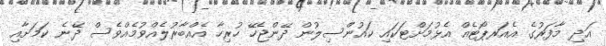
އަދި މާފަރުގެ އެއަރޕޯޓެއް އެޅުމަށްޓަކައި ކައުންސިލުން ދޭންޖެހޭ ހުރިހާ އެއްބާރުލެއްވުމެއްވެސް ދޭނެ ކަމަށާއި